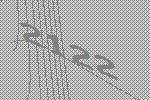
2122